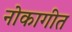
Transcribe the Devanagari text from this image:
नोकागीत